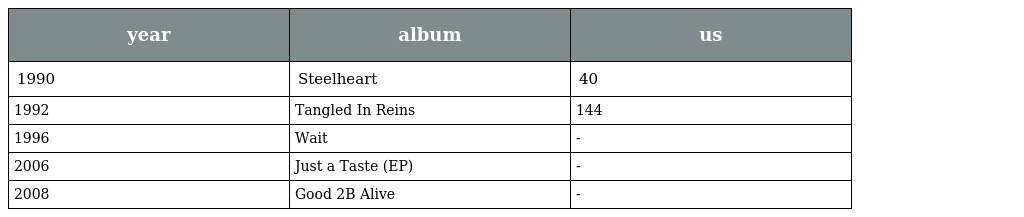
| year | album | us |
 | --- | --- | --- |
 | 1990 | Steelheart | 40 |
 | 1992 | Tangled In Reins | 144 |
 | 1996 | Wait | - |
 | 2006 | Just a Taste (EP) | - |
 | 2008 | Good 2B Alive | - |